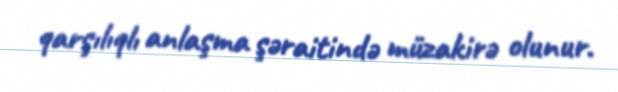
qarşılıqlı anlaşma şəraitində müzakirə olunur.